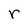
Character: r